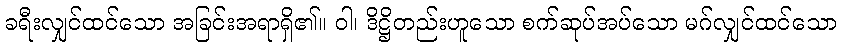
ခရီးလျှင်ထင်သော အခြင်းအရာရှိ၏။ ဝါ၊ ဒိဋ္ဌိတည်းဟူသော စက်ဆုပ်အပ်သော မဂ်လျှင်ထင်သော